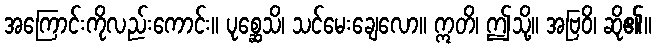
အကြောင်းကိုလည်းကောင်း။ ပုစ္ဆေသိ၊ သင်မေးချေလော။ ဣတိ၊ ဤသို့။ အဗြဝိ၊ ဆို၏။